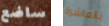
ساضع بالعاشرة